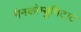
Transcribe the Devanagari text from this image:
मैनकोम्युनिटाट